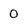
Character: O